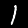
Label: 1